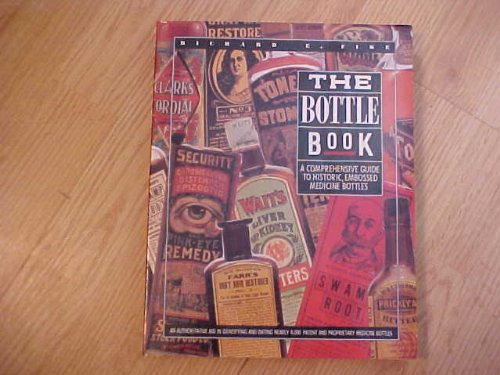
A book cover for The Bottle Book: A Comprehensive Guide to Historic, Embossed Medicine Bottles; Richard E. Fike; Crafts, Hobbies & Home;